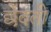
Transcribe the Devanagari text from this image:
छेदती